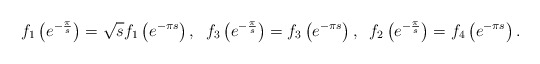
\begin{align*}f_1\left( e^{-\frac{\pi}{s}}\right) = \sqrt{s} f_1\left( e^{-\pi s}\right), \;\; f_3\left( e^{-\frac{\pi}{s}}\right) = f_3\left( e^{-\pi s}\right),\;\; f_2\left( e^{-\frac{\pi}{s}}\right) = f_4 \left( e^{-\pi s}\right) .\end{align*}